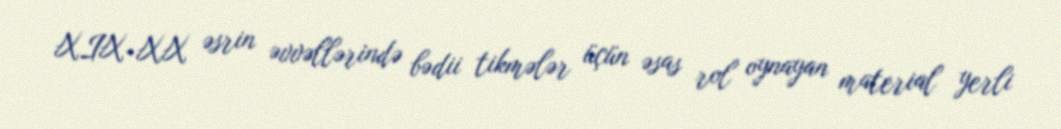
XIX-XX əsrin əvvəllərində bədii tikmələr üçün əsas rol oynayan material yerli